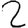
Digit: 2